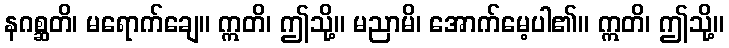
နဂစ္ဆတိ၊ မရောက်ချေ။ ဣတိ၊ ဤသို့။ မညာမိ၊ အောက်မေ့ပါ၏။ ဣတိ၊ ဤသို့။